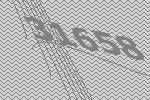
31658